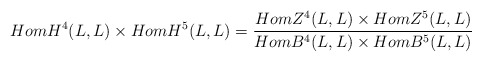
\begin{align*}HomH^4(L,L)\times HomH^5(L,L)=\frac{HomZ^4(L,L)\times HomZ^5(L,L)}{HomB^4(L,L)\times HomB^5(L,L)}\end{align*}